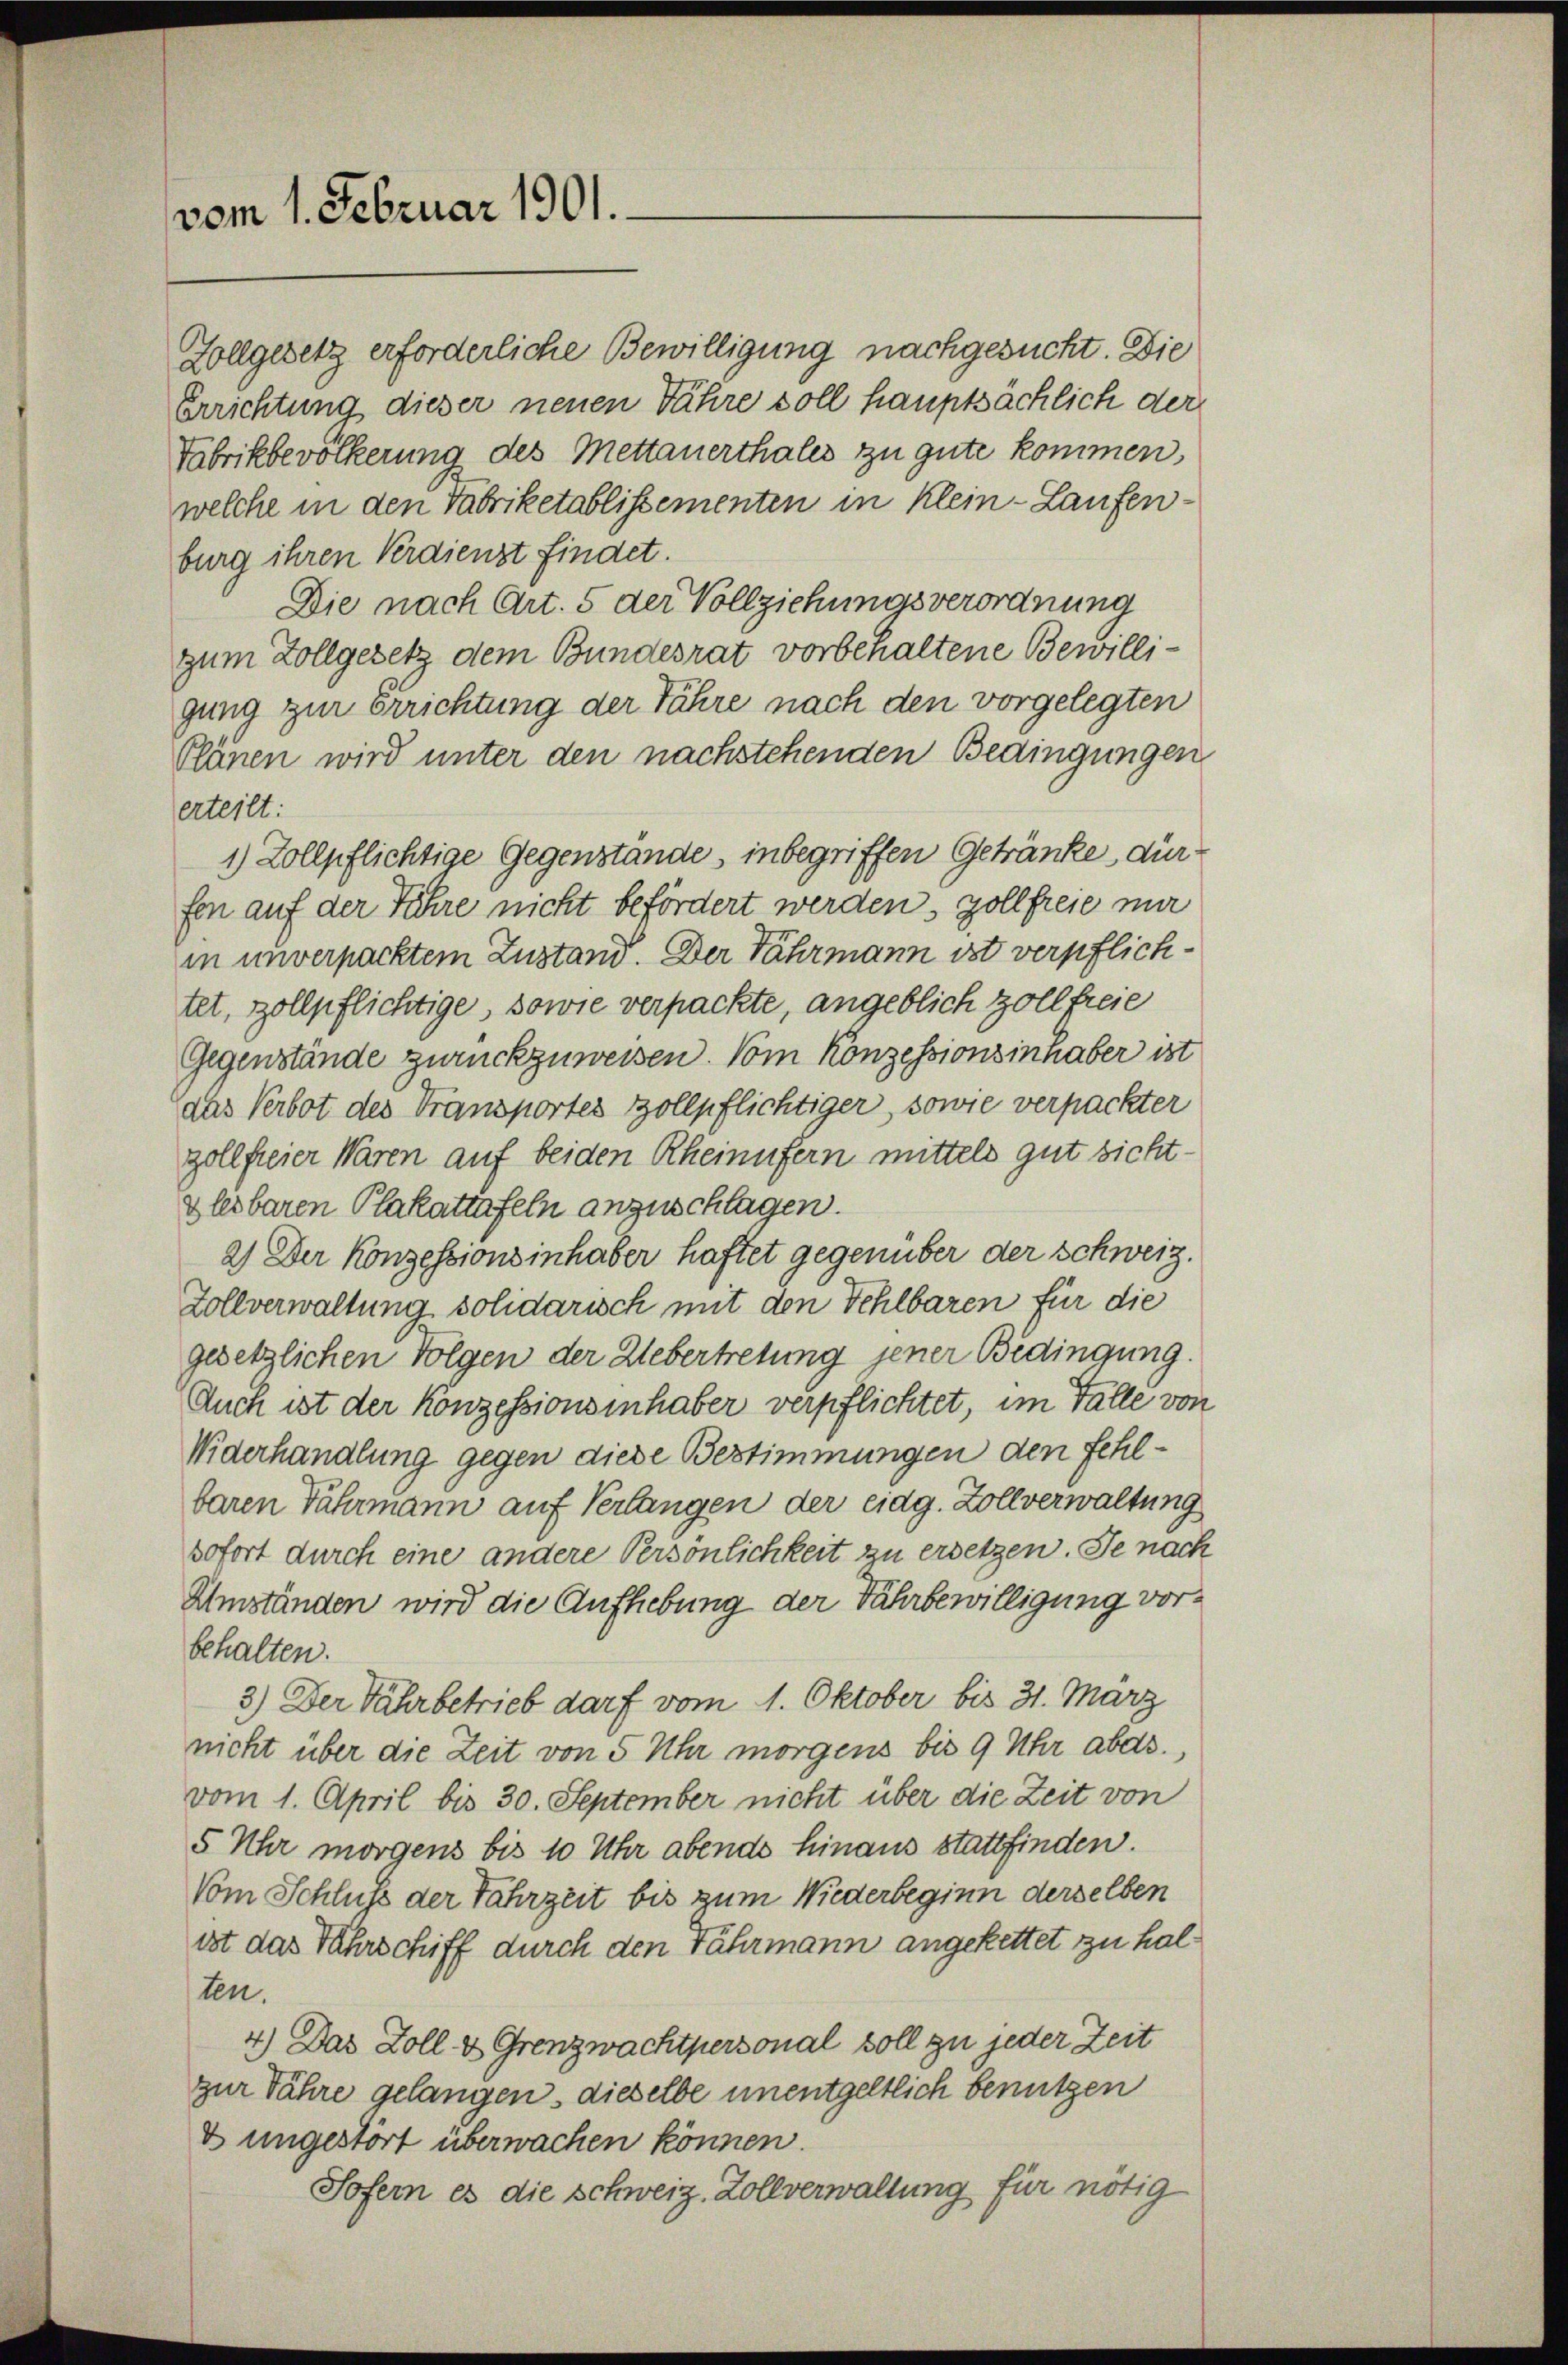
vom 1. Februar 1901.

Zollgesetz erforderliche Bewilligung nachgesucht. Die
Errichtung dieser neuen Jahre soll hauptsächlich der
Fabrikbevölkerung des Mettauerthales zu gute kommen,
welche in den Fabriketablissementen in klein-Laufenburg ihren Verdienst findet.
Die nach Art. 5 der Vollziehungsverordnung
zum Zollgesetz dem Bundesrat vorbehaltene Bewilligung zur Errichtung der Jahre nach den vorgelegten
Plänen wird unter den nachstehenden Bedingungen
erteilt:
1) Zollpflichtige Gegenstande, inbegriffen Getränke, dürfon auf der Jahre nicht befördert werden, Zollfreie mir
in unverpacktem Zustand. Der Jahrmann ist verpflichtet, zollpflichtige, sowie verpackte, angeblich zoll freie
Gegenstände zurückzuweisen. Vom Konzessionsinhaber ist
das Verbot des Transportes Zollpflichtiger, sowie verpackter
zollfreier Waren auf beiden Rheinufern mittels gut sicht¬
Glesbaren Plakattafeln anzuschlagen.
2) Der Konzessionsinhaber haftet gegenüber der Schweiz.
Zollverwaltung solidarisch mit den Fehlbaren für die
gesetzlichen Folgen der Uebertretung jener Bedingung.
Auch ist der Konzessionsinhaber verpflichtet, im Falle von
Widerhandlung gegen diese Bestimmungen den Fehlbaren Fährmann auf Verlangen der eidg. Zollverwaltung
sofort durch eine andere Persönlichkeit zu ersetzen. Je nach
Umständen wird die Aufhebung der Fahrbewilligung vorbehalten.
3.) Der Fahrbetrieb darf vom 1. Oktober bis 31. März
nicht über die Zeit von 5 Uhr morgens bis 9 Uhr abds.,
vom 1. April bis 30. September nicht über die Zeit von
5 Uhr morgens bis 10 Uhr abende hinaus stattfinden.
Vom Schluß der Fahrzeit bis zum Niederbeginn derselben
ist das Fahrschiff durch den Fährmann angekettet zu halten.
4.) Das Zoll & Grenzwachtpersonal soll zu jeder Zeit
zur Jahre gelangen, dieselbe unentgeltlich benützen
& ungestört überwachen können.
Sofern es die schweiz. Zollverwaltung für nötig